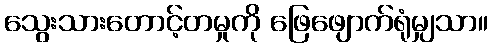
သွေးသားတောင့်တမှုကို ဖြေဖျောက်ရုံမျှသာ။